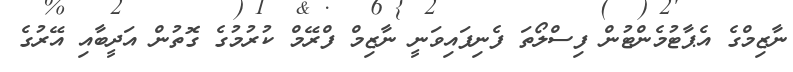
ނާޒިމްގެ އެޕާޓުމެންޓުން ފިސްލޯތަ ފެނިފައިވަނީ ނާޒިމް ފްރޭމް ކުރުމުގެ ގޮތުން އަދީބާއި އޭރުގެ